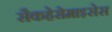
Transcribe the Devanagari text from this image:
सैकहेरोमाइसेस